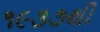
૧૯૩૭થી